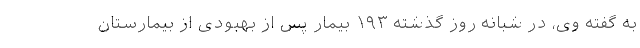
به گفته وی، در شبانه روز گذشته ۱۹۳ بیمار پس از بهبودی از بیمارستان